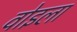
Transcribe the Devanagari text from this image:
वोइला